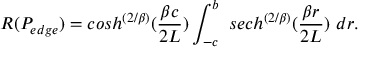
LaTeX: R ( P _ { e d g e } ) = c o s h ^ { \left( { 2 / \beta } \right) } ( { \frac { \beta c } { 2 L } } ) \int _ { - c } ^ { b } \, \, s e c h ^ { \left( { 2 / \beta } \right) } ( { \frac { \beta r } { 2 L } } ) \, \, d r .